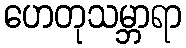
ဟေတုသမ္ဘာရာ